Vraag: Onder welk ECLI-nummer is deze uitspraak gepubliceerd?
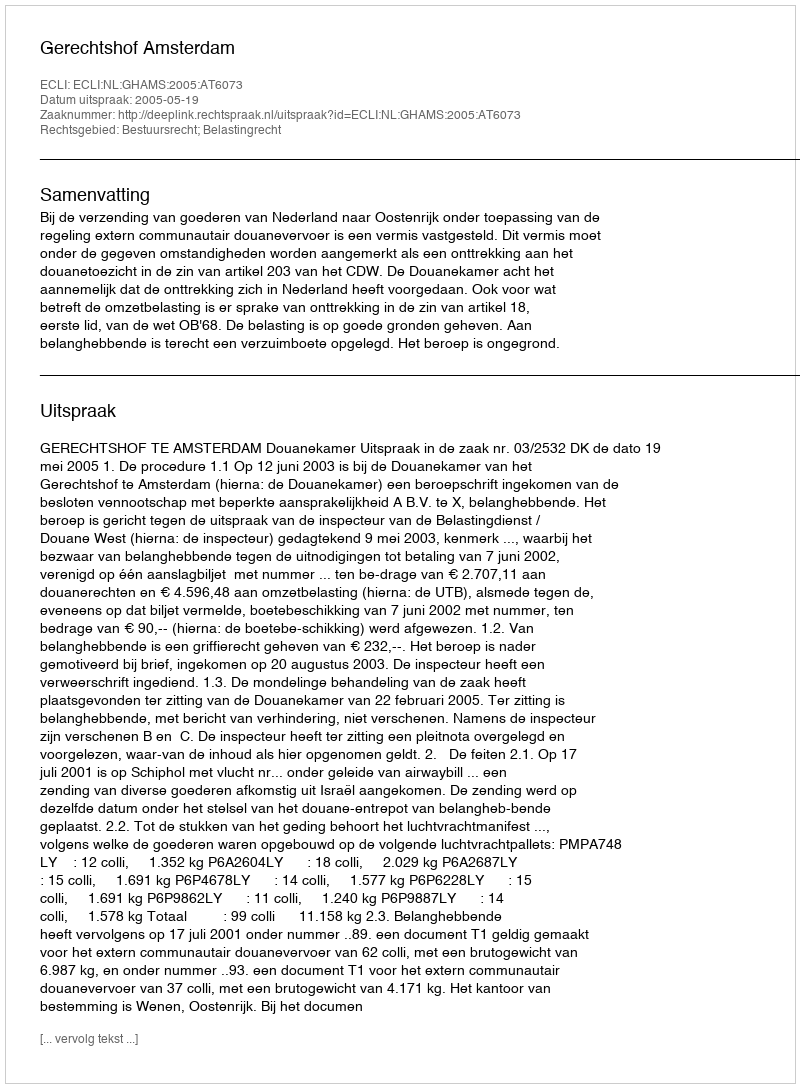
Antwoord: ECLI:NL:GHAMS:2005:AT6073